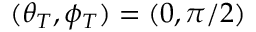
( \theta _ { T } , \phi _ { T } ) = ( 0 , \pi / 2 )